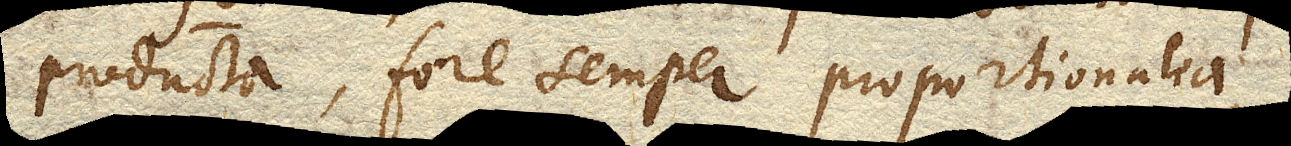
producta, fore semper proportionalia,